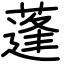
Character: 蓬